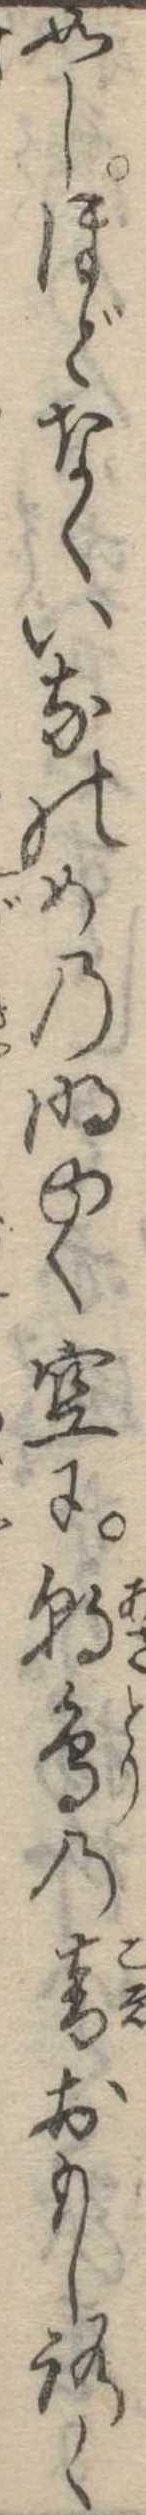
如しほどなくいなのめの明ゆく空に朝鳥の音おもしろく